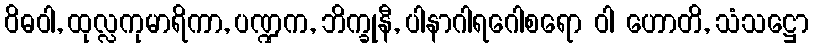
ဝိဓဝါ, ထုလ္လကုမာရိကာ, ပဏ္ဍက, ဘိက္ခုနီ, ပါနာဂါရဂေါစရော ဝါ ဟောတိ, သံသဋ္ဌော